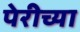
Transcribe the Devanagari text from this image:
पेरीच्या